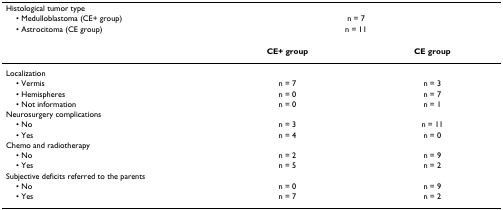
| Histological tumor type |  |  |
 | • Medulloblastoma (CE+ group) | <COLSPAN=2> n = 7 |
 | • Astrocitoma (CE group) | <COLSPAN=2> n = 11 |
 | --- | --- | --- |
 |  | CE+ group | CE group |
 | Localization |  |  |
 | • Vermis | n = 7 | n = 3 |
 | • Hemispheres | n = 0 | n = 7 |
 | • Not information | n = 0 | n = 1 |
 | Neurosurgery complications |  |  |
 | • No | n = 3 | n = 11 |
 | • Yes | n = 4 | n = 0 |
 | Chemo and radiotherapy |  |  |
 | • No | n = 2 | n = 9 |
 | • Yes | n = 5 | n = 2 |
 | Subjective deficits referred to the parents |  |  |
 | • No | n = 0 | n = 9 |
 | • Yes | n = 7 | n = 2 |